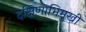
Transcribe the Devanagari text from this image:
दक्षिणाभिमुखी